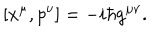
[ x ^ { \mu } , p ^ { \nu } ] = - i \hbar g ^ { \mu \nu } .